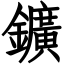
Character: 鑛